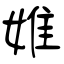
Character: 婎